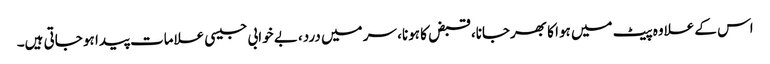
اس کے علاوہ پیٹ میں ہوا کا بھرجانا، قبض کا ہونا، سر میں درد، بے خوابی جیسی علامات پیدا ہو جاتی ہیں۔